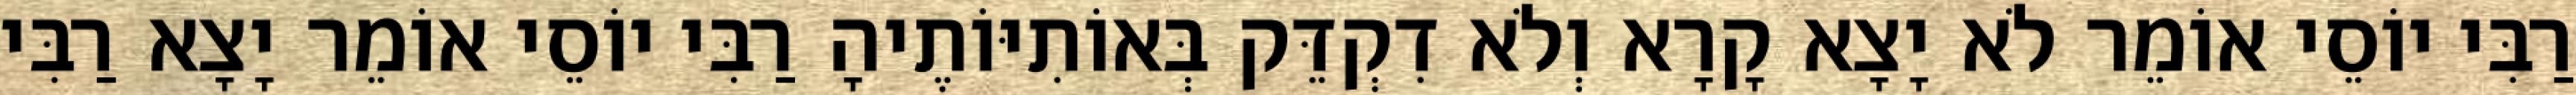
רַבִּי יוֹסֵי אוֹמֵר לֹא יָצָא קָרָא וְלֹא דִקְדֵּק בְּאוֹתִיּוֹתֶיהָ רַבִּי יוֹסֵי אוֹמֵר יָצָא רַבִּי